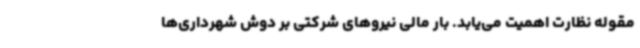
مقوله نظارت اهمیت می‌یابد. بار مالی نیروهای شرکتی بر دوش شهرداری‌ها